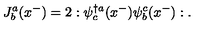
J _ { b } ^ { a } ( x ^ { - } ) = 2 : \psi _ { c } ^ { \dagger a } ( x ^ { - } ) \psi _ { b } ^ { c } ( x ^ { - } ) : .